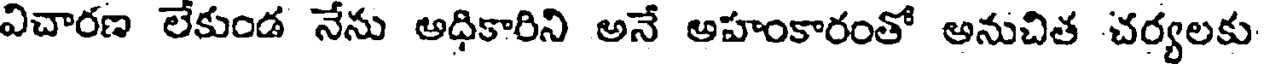
విచారణ లేకుండ నేను అధికారిని అనే అహంకారంతో అనుచిత చర్యలకు